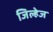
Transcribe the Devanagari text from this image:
जिल्हेज